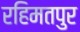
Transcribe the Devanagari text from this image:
रहिमतपुर